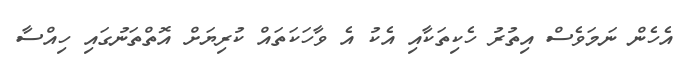
އެހެން ނަމަވެސް އިތުރު ހެކިތަކާއި އެކު އެ ވާހަކަތައް ކުރިޔަށް އޮތްތަނުގައި ހިއްސާ